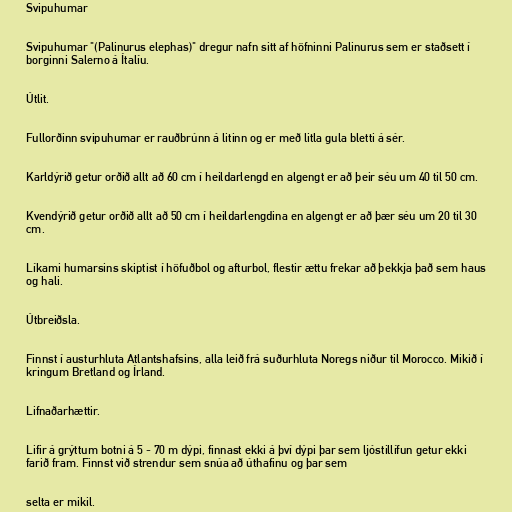
Svipuhumar

Svipuhumar "(Palinurus elephas)" dregur nafn sitt af höfninni Palinurus sem er staðsett í
borginni Salerno á Ítalíu.

Útlit.

Fullorðinn svipuhumar er rauðbrúnn á litinn og er með litla gula bletti á sér.

Karldýrið getur orðið allt að 60 cm í heildarlengd en algengt er að þeir séu um 40 til 50 cm.

Kvendýrið getur orðið allt að 50 cm í heildarlengdina en algengt er að þær séu um 20 til 30
cm.

Líkami humarsins skiptist í höfuðbol og afturbol, flestir ættu frekar að þekkja það sem haus
og hali.

Útbreiðsla.

Finnst í austurhluta Atlantshafsins, alla leið frá suðurhluta Noregs niður til Morocco. Mikið í
kringum Bretland og Írland.

Lifnaðarhættir.

Lifir á grýttum botni á 5 - 70 m dýpi, finnast ekki á því dýpi þar sem ljóstillífun getur ekki
farið fram. Finnst við strendur sem snúa að úthafinu og þar sem

selta er mikil.